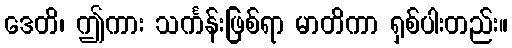
ဒေတိ၊ ဤကား သင်္ကန်းဖြစ်ရာ မာတိကာ ရှစ်ပါးတည်း။